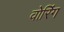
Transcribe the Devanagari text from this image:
वोरिंग